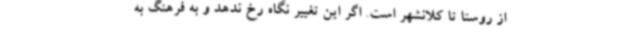
از روستا تا کلانشهر است. اگر این تغییر نگاه رخ ندهد و به فرهنگ به